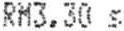
RM3.30 S